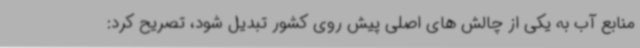
منابع آب به یکی از چالش های اصلی پیش روی کشور تبدیل شود، تصریح کرد: